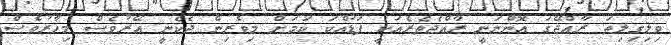
ވިލިގިލިތަ ރާއްޖޭގަ އޮންނަނީ ރާއްޖެތެރެއަކީ ފަޑުއްކަ ކަމަށް މިވެރިން ދެކެނީ އޭރުވެސް މިހާރުވެސް